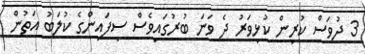
3 ދުވަސް ކުރިން ކުޅިވަރު ދެ ވަނަ ބުރުގައިވެސް ސިފައިންގެ ކުލަބު އަތުން